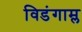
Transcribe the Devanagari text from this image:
विडंगाम्ल